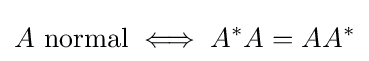
A{\text{ normal}}\iff A^{*}A=AA^{*}